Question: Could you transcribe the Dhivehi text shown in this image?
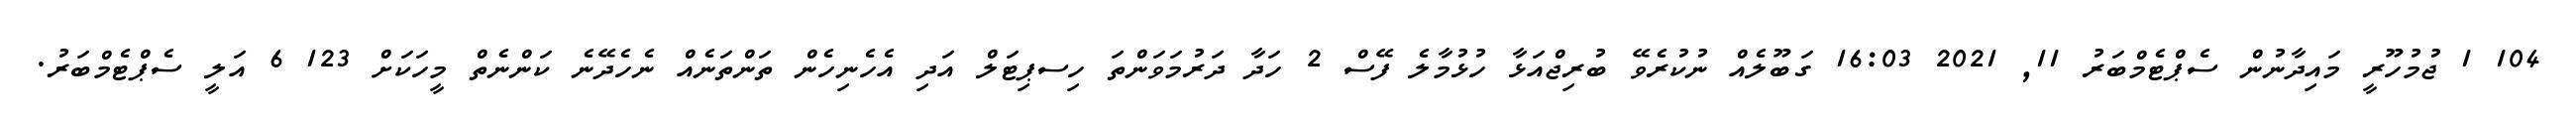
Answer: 104 1 ޖުމުހޫރީ މައިދާނުން ސެޕްޓެމްބަރު 11, 2021 16:03 ގަބޫލެއް ނުކުރެވޭ ބުރިޖްއަޅާ ހުޅުމާލެ ފޭސް 2 ހަދާ ދަރުމަވަންތަ ހިސޕިޓަލް އަދި އެހެނިހެން ތަންތަނެއް ނެހެދޭނެ ކަންނެތް މީހަކަށް 123 6 އަލީ ސެޕްޓެމްބަރު.